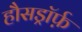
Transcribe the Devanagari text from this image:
हौसड्रॉर्फ़